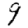
Digit: 9